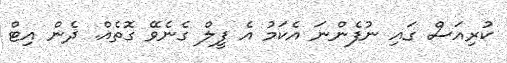
ކުރިއަސް ގައި ނުފެންނަ އެކަމު އެ ފީލް ގެނެވޭ ގޮތެއް. ދެން އިޓް